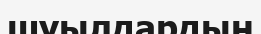
шуылдардың